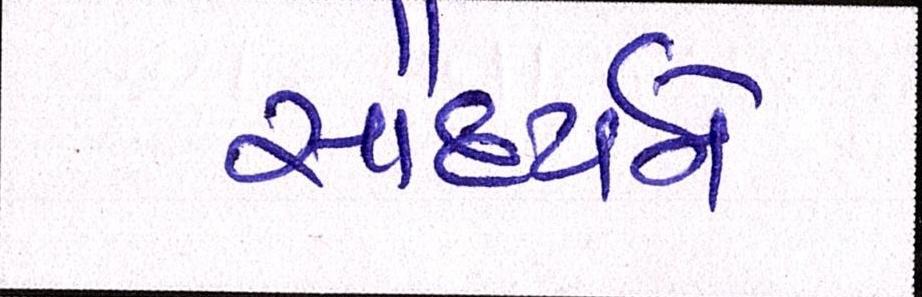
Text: સૌદર્યને